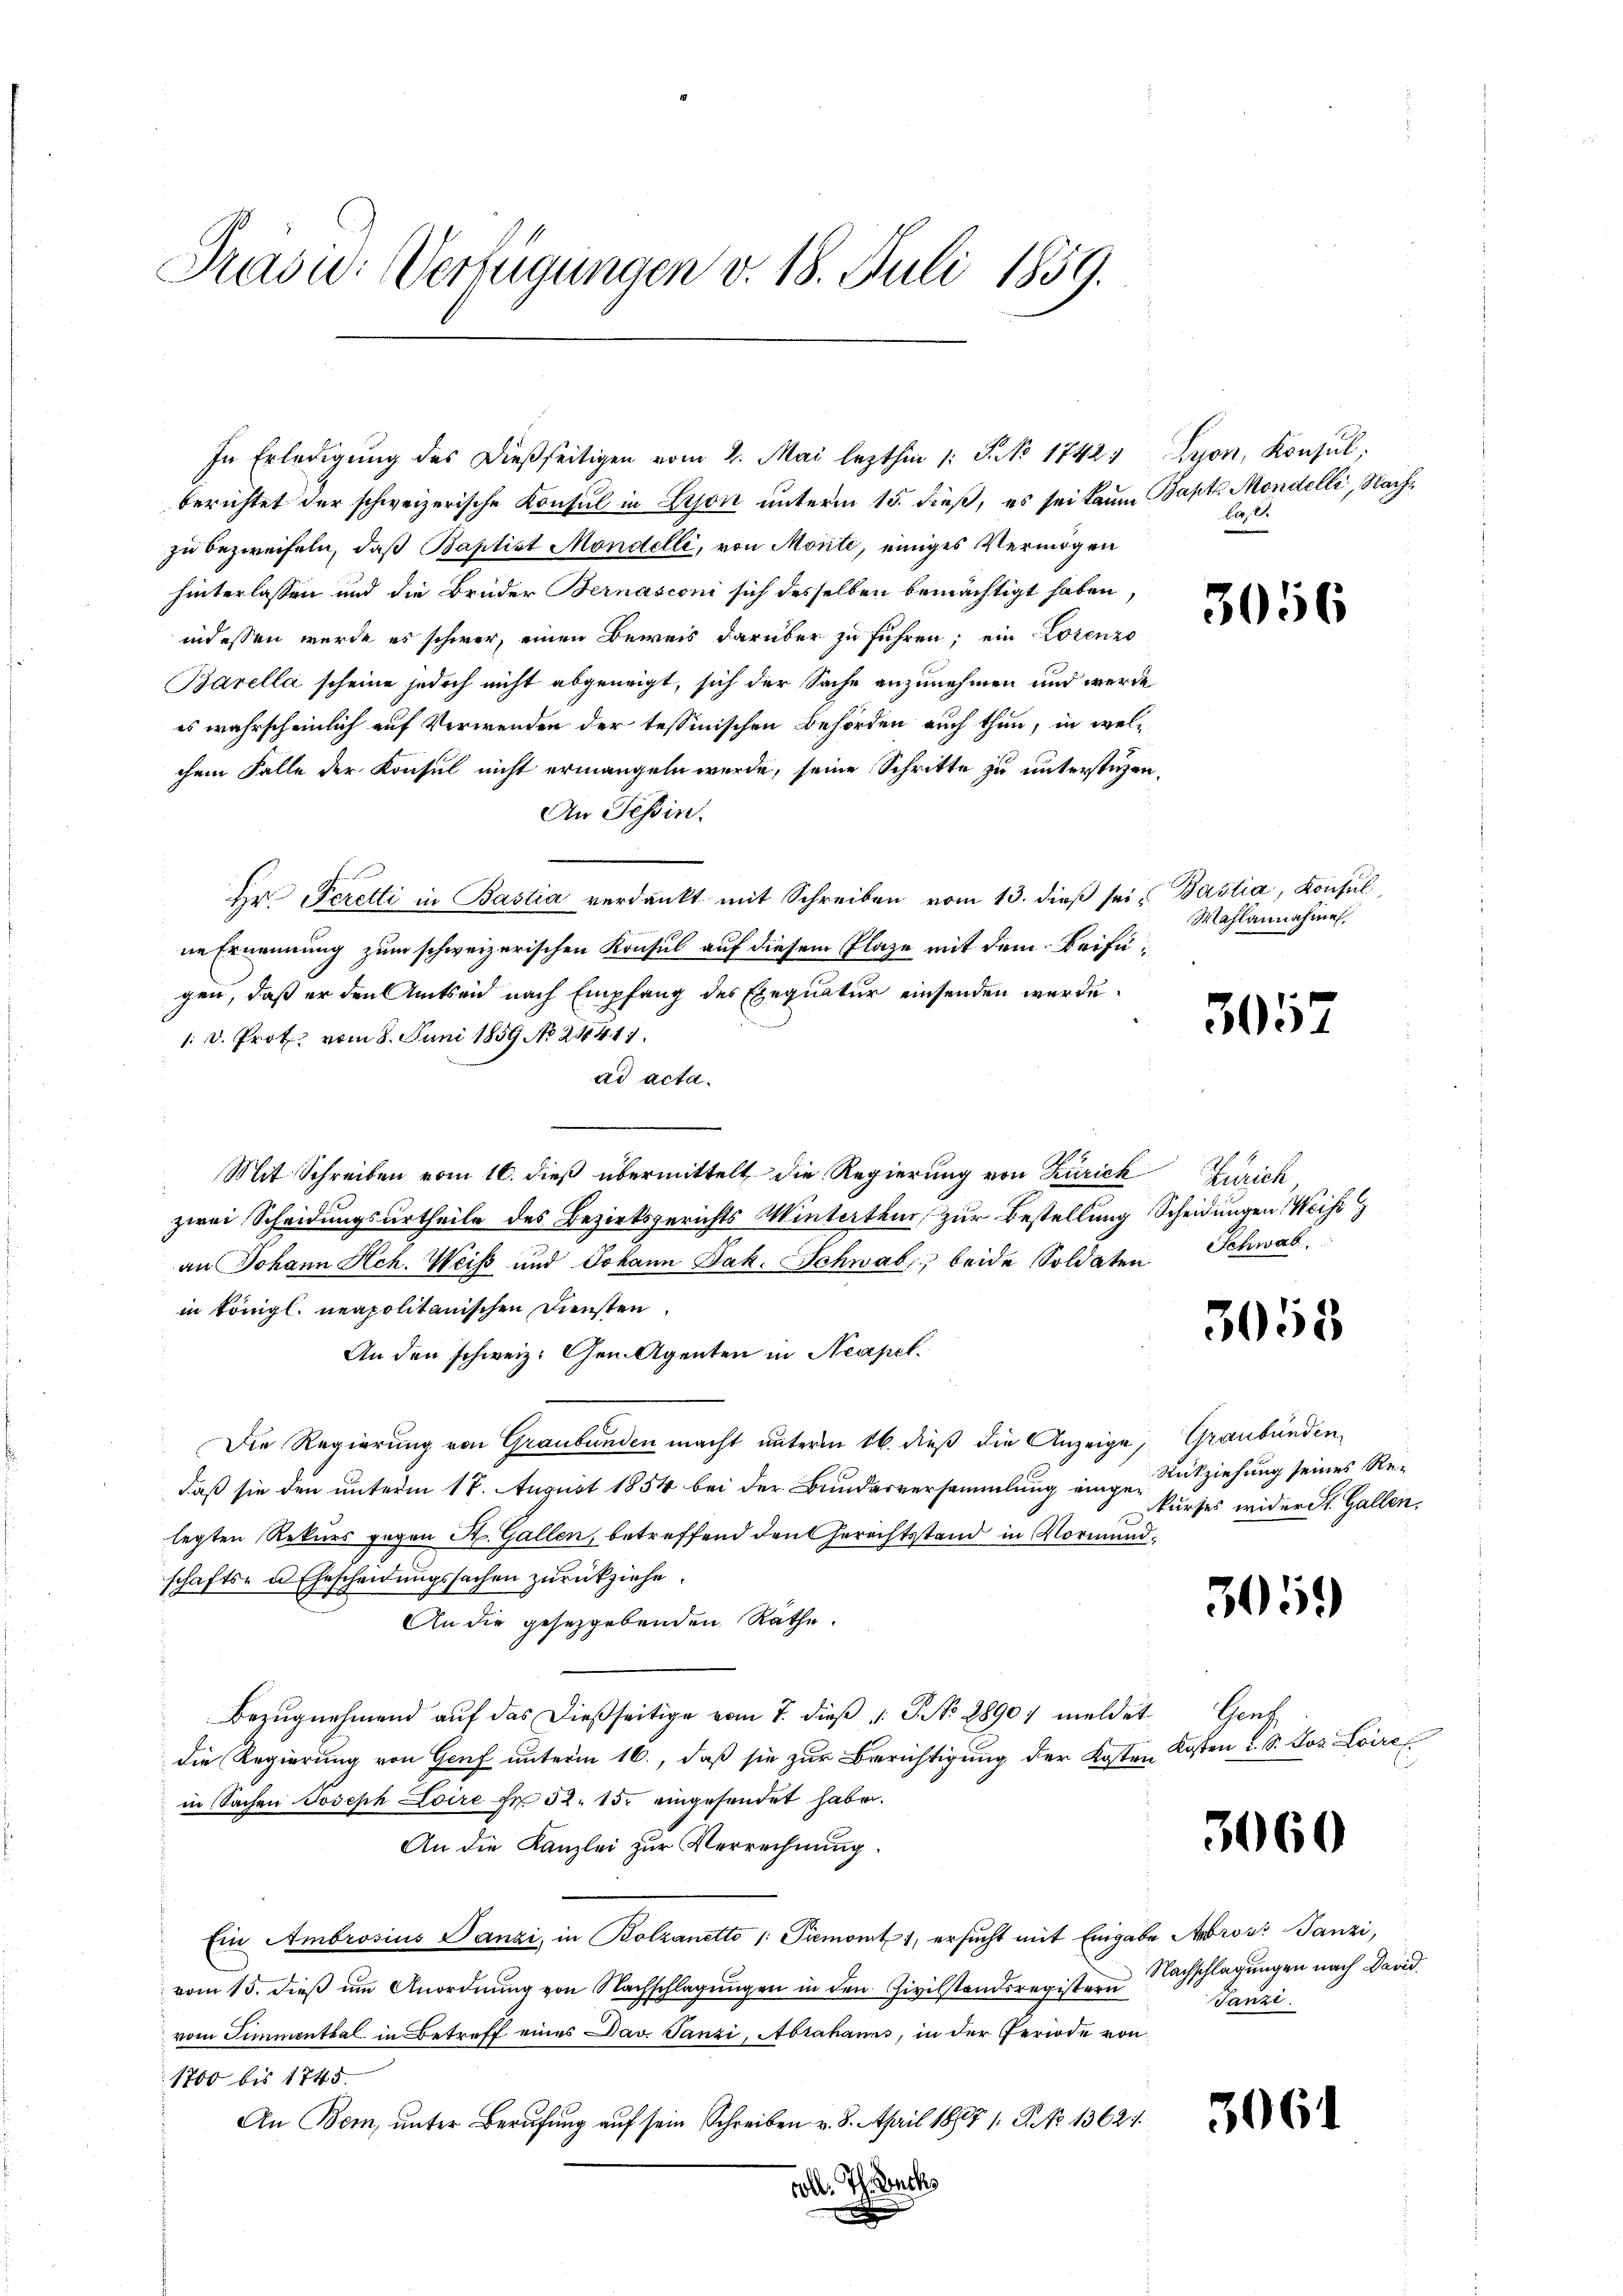
Präsid.: Verfügungen v. 18. Juli 1859.

In Erledigung des dießseitigen vom 2. Mai lezthin 1: P. No 1742
berichtet der schweizerische Konsul in Lyon unterm 15. dieß, es sei kaum Bapt. Mondelli, Nachzu bezweifeln, daß Baptist Mondelli, von Morité, einiges Vermögen
hinterlassen und die Brüder Bernasconi sich desselben bemächtigt haben
indessen wurde es schwer, einen Beweis darüber zu führen; ein Lorenzo
Barella scheine jedoch nicht abgeneigt, sich der Sache anzunehmen und werde
es wahrscheinlich auf Verwenden der tessinischen Behörden auch thun, in welchem Falle der Konsul nicht ermangeln werde, seine Schritte zu unterstüzen,
An Tessin.
Hr. Peretti in Bastia verdankt mit Schreiben vom 13. dieβ sei u Bastia, Konsul,
ne Ernennung zum schweizerischen Konsul auf diesem Plaze mit dem Beifügen, daß er den Amtsen nach Empfang des Exequatur einsenden werde.
1. d. Prot. vom 8. Juni 1859 No 215417.
ad acta.
Mit Schreiben vom 16. dieß übermittelt die Regierung von Zürich Zürich
zwei Scheidungsurtheile des Bezirksgerichts Winterthur zur Bestellung Scheidungen Weise
an Johann Hch. Weiß und Johann Jak. Schwab, beide Soldaten Schwab,
in königl. neapolitanischen Diensten.
An den schweiz. Gen. Agenten in Neapel.
Die Regierung von Graubünden macht unterm 16. dieß die Anzeige, Graubünden
daß sie den unterm 17. August 1854 bei der Bundesversammlung eingelegten Rekurs gegen St. Gallen, betreffend den Gerechtsstand in Vormundschafts- u. Ehescheidungssachen zurückziehe
An die gesetzgebenden Rathe.
Bezŭgnehmend aŭf das dießseitige vom 7. dieβ v. J. No 28907 meldet
die Regierung von Genf unterm 16., daß sie zur Berichtigung der Kosten
in Sachen Joseph Loire Fr. 52. 15. eingesendet habe.
An die Kanzlei zur Verrechnung.
Ein Ambrosius Panzi, in Bolzanetto /: Piemont, ersucht mit Eingabe Ambrosi Tanzi,
vom 15. dieß um Anordnung von Nachschlagungen in den Civilstandsregistern
vom Simmenthal in Betreff eines Dav. Tanzi, Abrahams, in der Periode von
1700 bis 1745.
An Bern, unter Berufung auf sein Schreiben v. 8. April 1867 1. P. No 1362.
coll. Th. Drucks

Lyon, Konsul,
ber, 2.

30.

3057

6

Wahlannahme

3058

Rückziehung seines Re-
kurses wider St. Gallen.

3059

Prach
Kasten u. S. Jos. Loire

3060

Nachschlagungen nach David
010. Janzi

¬

3061